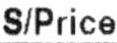
S/PRICE